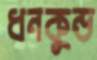
ধনকুন্ড